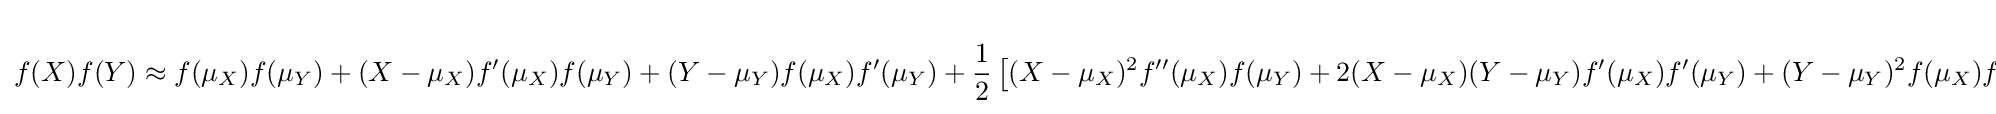
{\begin{aligned}f(X)f(Y)&{}\approx f(\mu _{X})f(\mu _{Y})+(X-\mu _{X})f'(\mu _{X})f(\mu _{Y})+(Y-\mu _{Y})f(\mu _{X})f'(\mu _{Y})+{\frac {1}{2}}\left[(X-\mu _{X})^{2}f''(\mu _{X})f(\mu _{Y})+2(X-\mu _{X})(Y-\mu _{Y})f'(\mu _{X})f'(\mu _{Y})+(Y-\mu _{Y})^{2}f(\mu _{X})f''(\mu _{Y})\right]\end{aligned}}